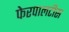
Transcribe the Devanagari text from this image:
फेरपालटीस